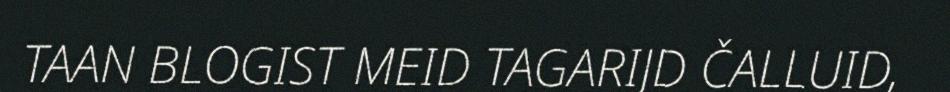
TAAN BLOGIST MEID TAGARIJD ČALLUID,